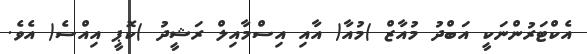
އެކްޓަރުންނަކީ އަބްދު މުއާޒް )މުއާ( އާއި އިސްމާއިލް ރަޝީދު )ކޮޕީ އިއްސެ( އެވެ.